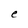
Character: e